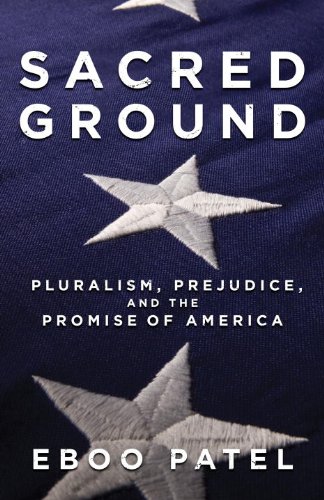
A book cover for Sacred Ground: Pluralism, Prejudice, and the Promise of America; Eboo Patel; Christian Books & Bibles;